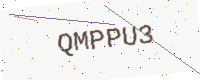
Text: QMPPU3